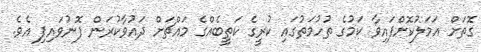
ގޮތަށް އަމަލުކޮށްފައިވާ ކަމުގެ ތުހުމަތުގައި ކުރީގެ ކަތީބެއްގެ މައްޗަށް ދައުވާކުރަން ފޮނުވައިފި އެވެ.